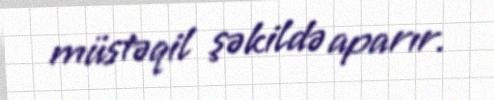
müstəqil şəkildə aparır.